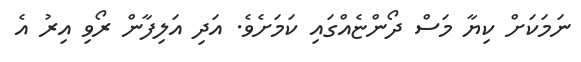
ނަމަކަށް ކިޔާ މަސް ދޯންޏެއްގައި ކަމަށެވެ. އަދި އަލިފާން ރޯވި އިރު އެ